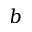
b